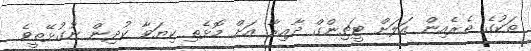
ތަކުގެ ތެރެއިން އަލަށް ޓީޗިންގް ދާއިރާ އަށް މޮޅެތި ކިޔަވާ ކުދިން ނުގުޅޭތީވެ